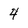
Character: 4